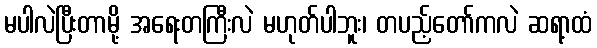
မပါလဲပြီးတာမို့ အရေးတကြီးလဲ မဟုတ်ပါဘူး၊ တပည့်တော်ကလဲ ဆရာ့ထံ